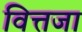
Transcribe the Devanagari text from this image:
वित्तजा